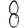
Digit: 8